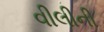
વીલીની